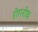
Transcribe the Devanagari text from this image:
रोगरोध